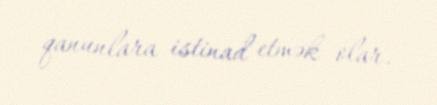
qanunlara istinad etmək olar.